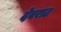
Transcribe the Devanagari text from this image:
देवराट